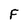
Character: F